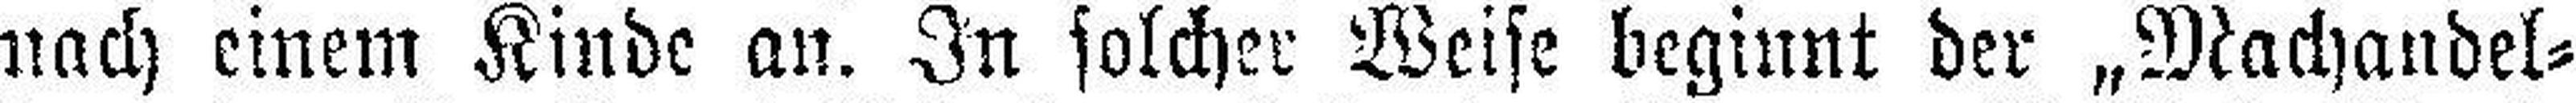
nach einem Kinde an. In solcher Weise beginnt der „Machandel¬